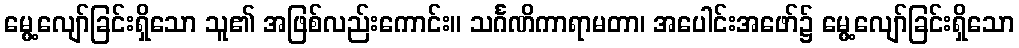
မွေ့လျော်ခြင်းရှိသော သူ၏ အဖြစ်လည်းကောင်း။ သင်္ဂဏိကာရာမတာ၊ အပေါင်းအဖော်၌ မွေ့လျော်ခြင်းရှိသော